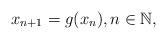
LaTeX: \begin{align*}x_{n+1}=g(x_n),n\in \mathbb{N},\end{align*}